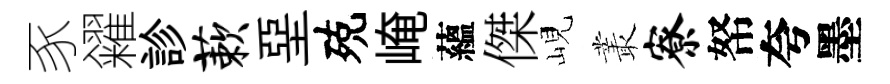
豕糴診蔌堊殑崦蘊傑峴叢寮帑夸墨